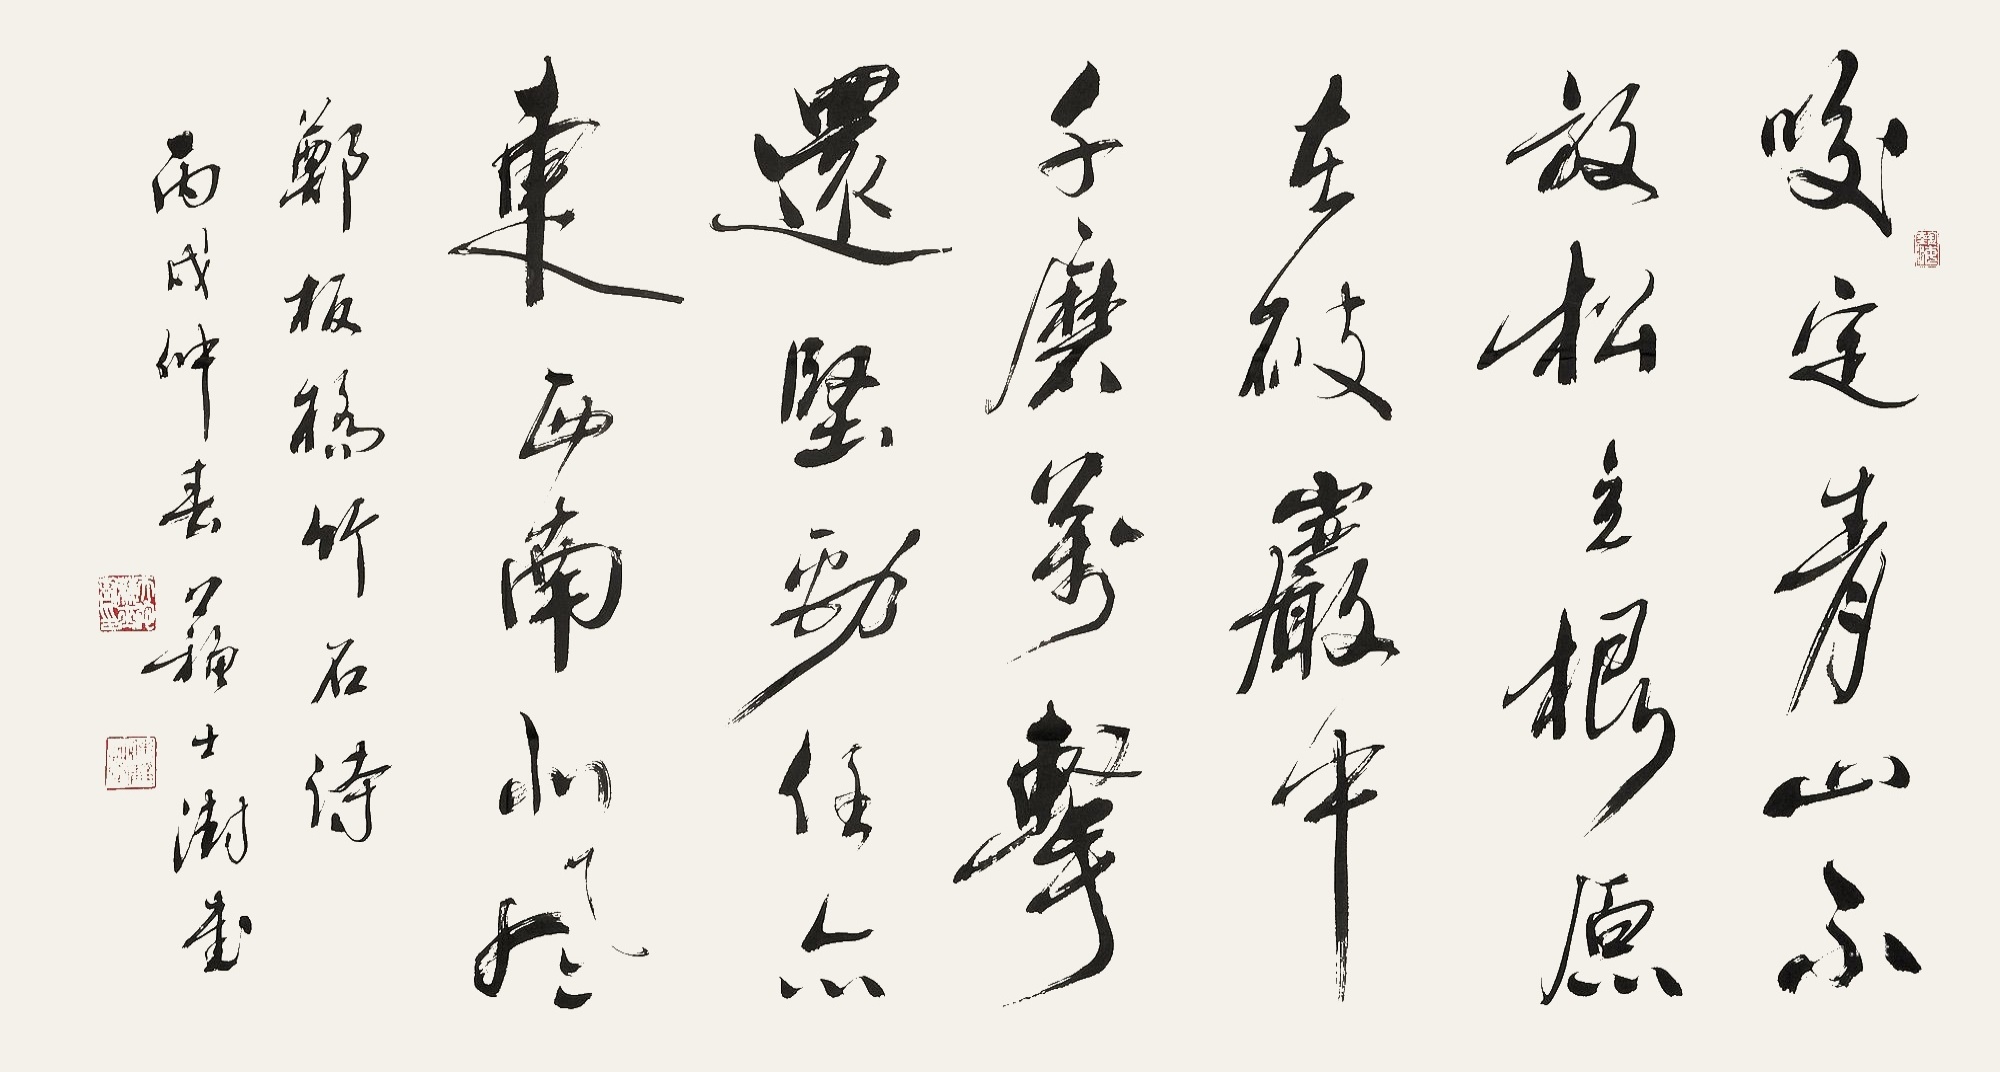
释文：咬定青山不放松，立根原在破岩中。千磨万击还坚劲，任尔东西南北风。郑板桥竹石诗。丙戌仲春，苏士澍书。